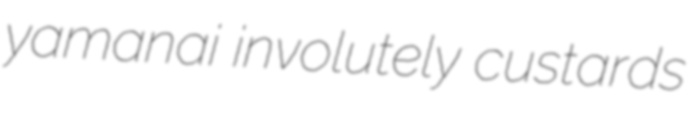
yamanai involutely custards